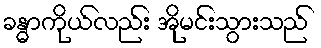
ခန္ဓာကိုယ်လည်း အိုမင်းသွားသည်